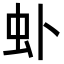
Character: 虲